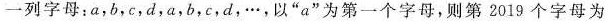
一列字母：a，b，c，d，a，b，c，d，…，以“a”为第一个字母，则第 2019 个字母为